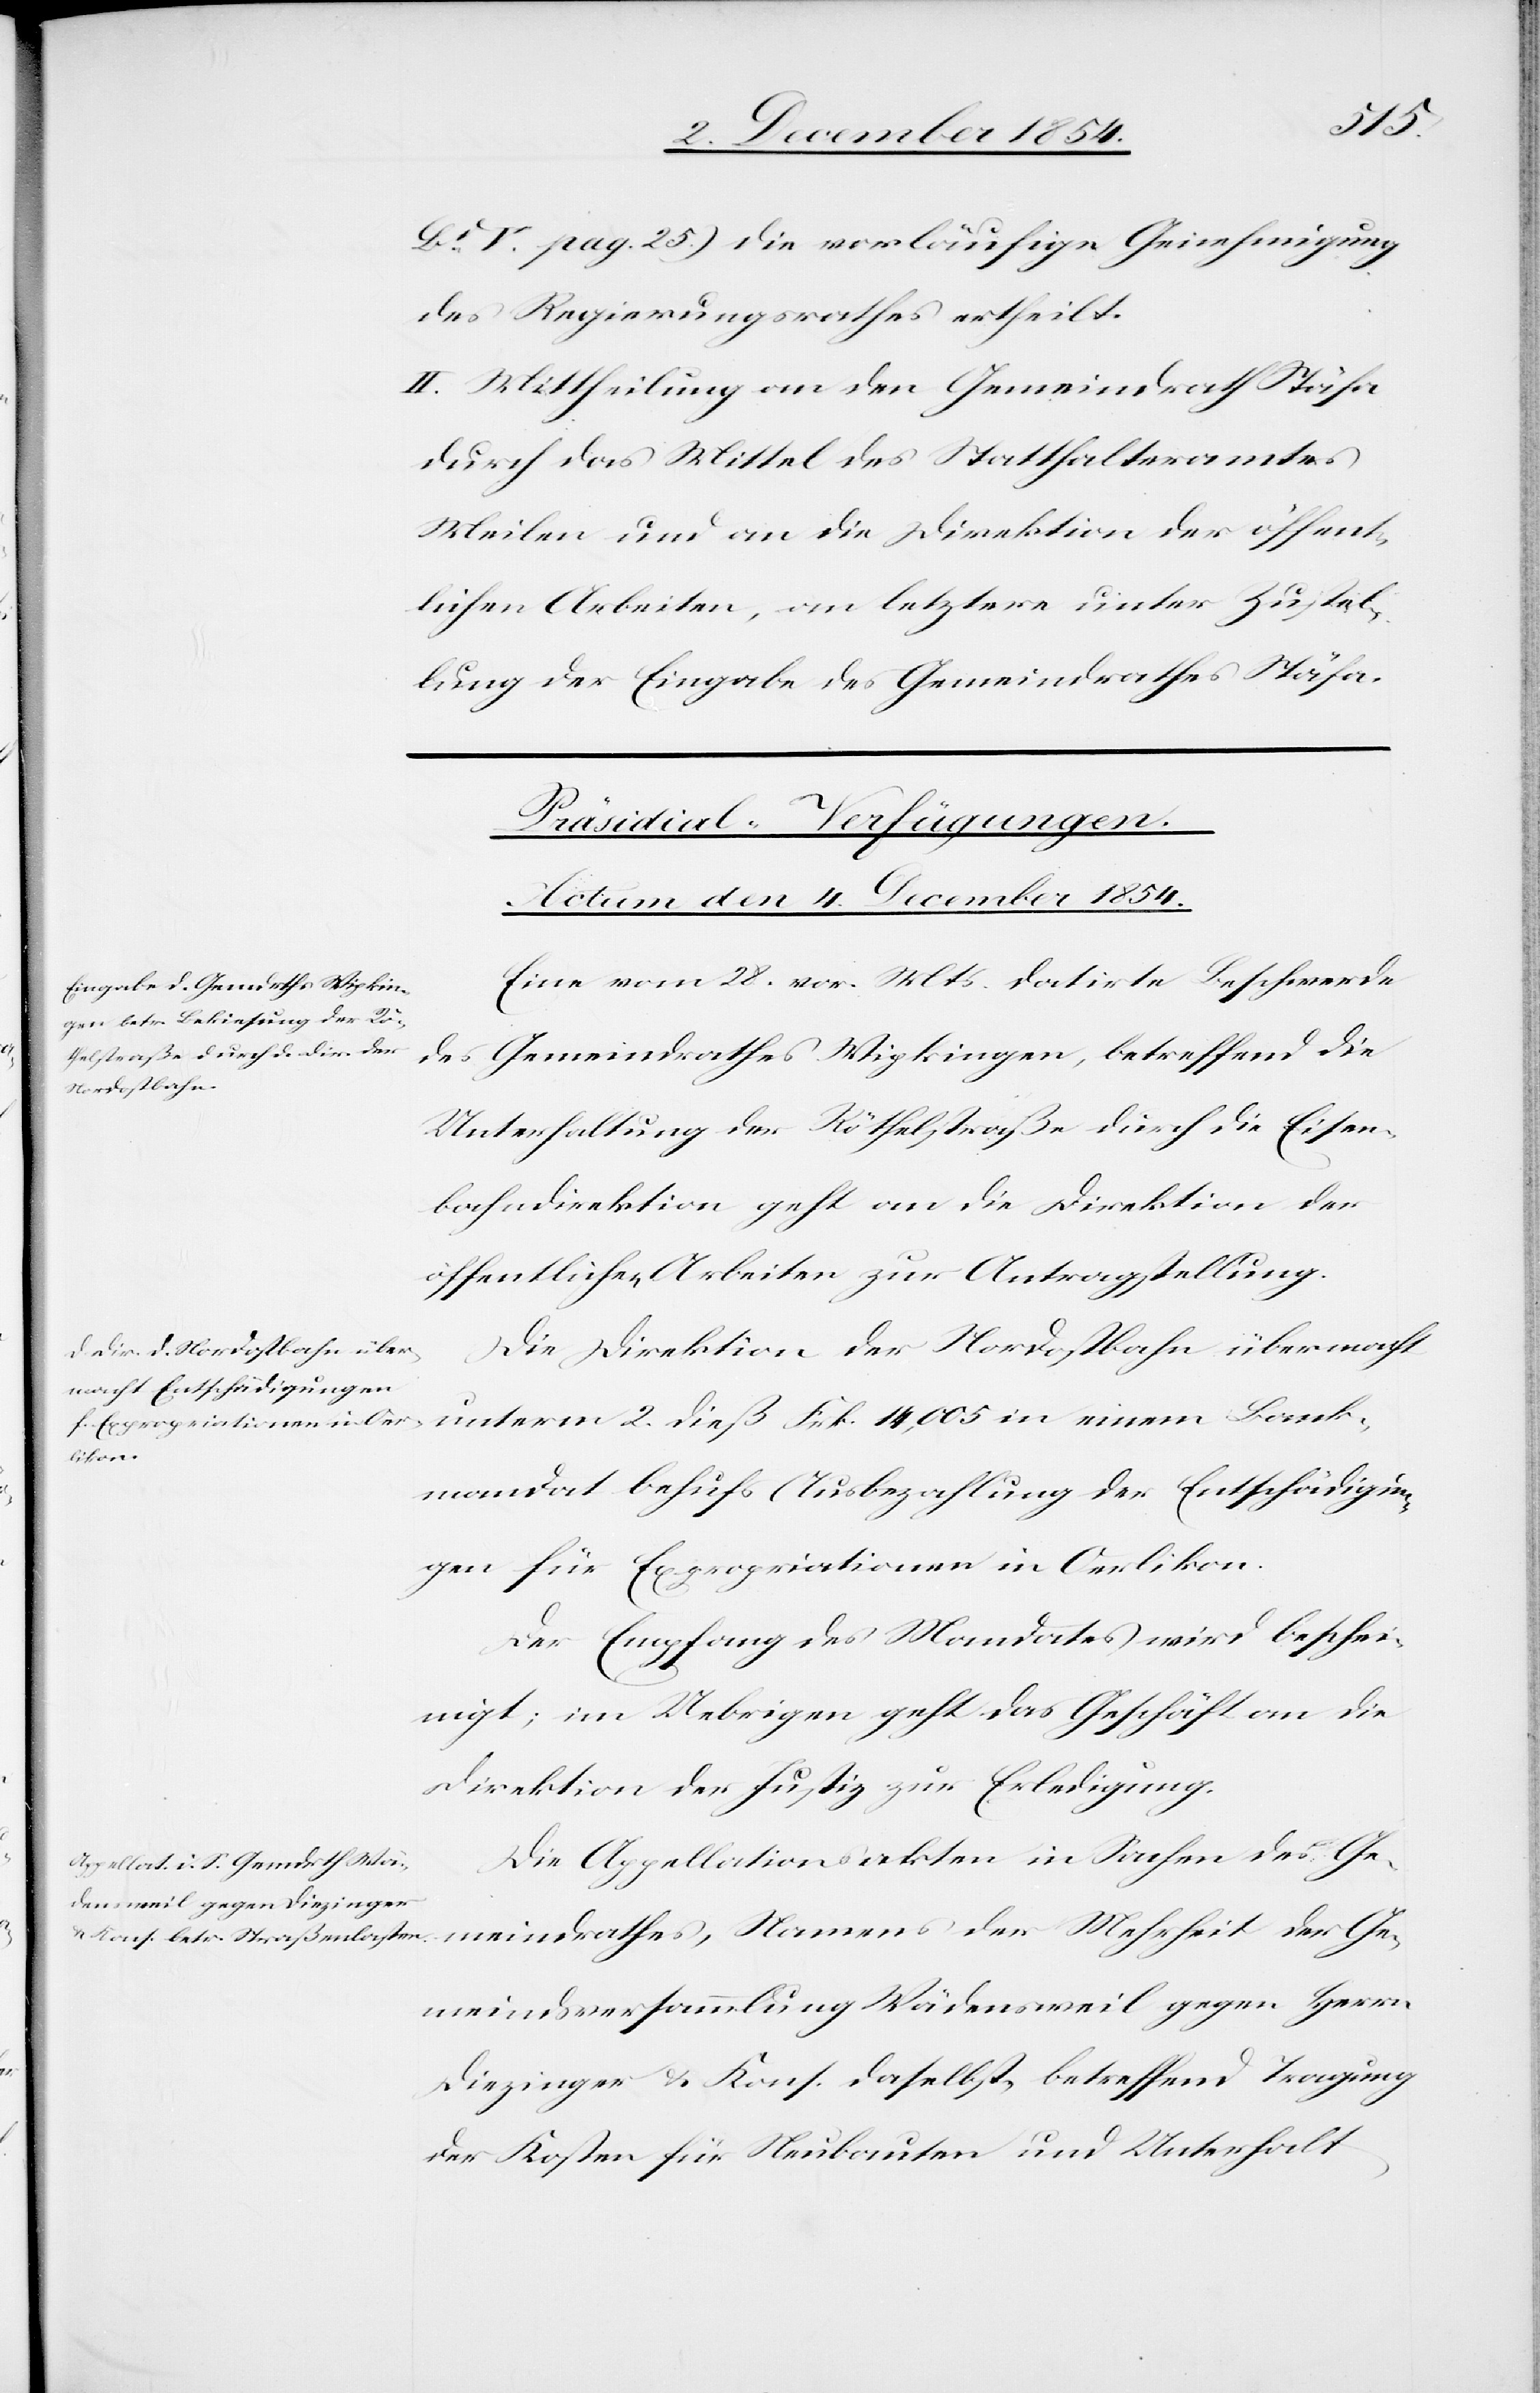
Bd V. pag. 25.) die vorläufige Genehmigung
des Regierungsrathes ertheilt.
II. Mittheilung an den Gemeindrath Stäfa
durch das Mittel des Statthalteramtes
Meilen und an die Direktion der öffent¬
lichen Arbeiten, an letztere unter Zustel¬
lung der Eingabe des Gemeindrathes Stäfa.
[Präsidial-Verfügungen.
Actum den 4. December 1854.]
Eine vom 28. vor. Mts. datirte Beschwerde
des Gemeindrathes Wipkingen, betreffend die
Unterhaltung der Röthelstraße durch die Eisen¬
bahndirektion geht an die Direktion der
öffentlichen Arbeiten zur Antragstellung.
Die Direktion der Nordostbahn übermacht
unterm 2. dieß Frk. 14,005 in einem Bank¬
mandat behufs Ausbezahlung der Entschädigun¬
gen für Expropriationen in Oerlikon.
Der Empfang des Mandates wird beschei¬
nigt; im Uebrigen geht das Geschäft an die
Direktion der Justiz zur Erledigung.
Die Appellationsakten in Sachen des Ge¬
meindrathes, Namens der Mehrheit der Ge¬
meindsversammlung Wädensweil gegen Herrn
Diezinger & Kons. daselbst, betreffend Tragung
der Kosten für Neubauten und Unterhalt